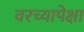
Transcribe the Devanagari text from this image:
वरच्यापेक्षा